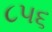
૮૫૬